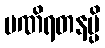
မဏိရတနမ္ပိ